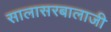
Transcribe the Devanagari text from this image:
सालासरबालाजी